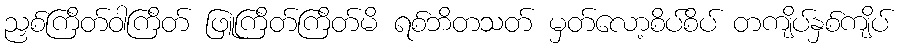
ညှစ်ကြိတ်ဝါကြိတ် ဖြူကြိတ်ကြိတ်မိ ရစ်ဘိတသတ် မှတ်လော့စိပ်စိပ် တကျိပ်နှစ်ကျိပ်